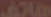
هاتف